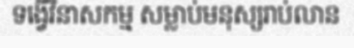
ទង្វើវិនាសកម្ម សម្លាប់មនុស្សរាប់លាន